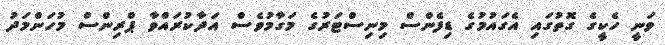
ވަނީ ހެކީގެ ގޮތުގައި އެގައުމުގެ ޑިފެންސް މިނިސްޓަރުގެ މަގާމުވެސް އަދާކުރައްވާ ޕްރިންސް މުހަންމަދު